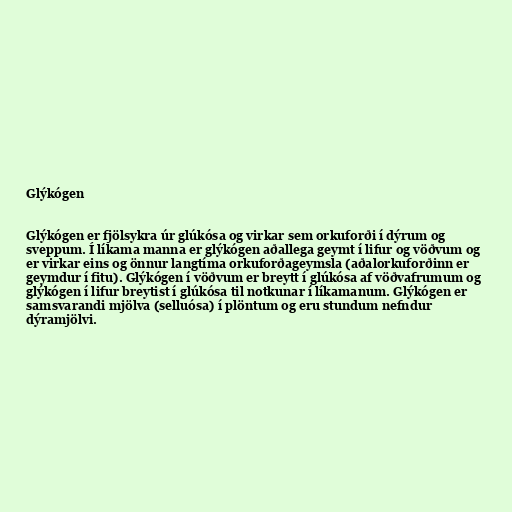
Glýkógen

Glýkógen er fjölsykra úr glúkósa og virkar sem orkuforði í dýrum og
sveppum. Í líkama manna er glýkógen aðallega geymt í lifur og vöðvum og
er virkar eins og önnur langtíma orkuforðageymsla (aðalorkuforðinn er
geymdur í fitu). Glýkógen í vöðvum er breytt í glúkósa af vöðvafrumum og
glýkógen í lifur breytist í glúkósa til notkunar í líkamanum. Glýkógen er
samsvarandi mjölva (selluósa) í plöntum og eru stundum nefndur
dýramjölvi.